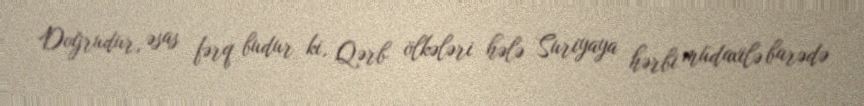
Doğrudur, əsas fərq budur ki, Qərb ölkələri hələ Suriyaya hərbi müdaxilə barədə